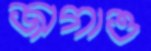
জাগাও